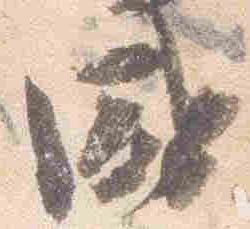
盛